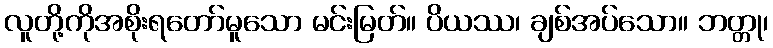
လူတို့ကိုအစိုးရတော်မူသော မင်းမြတ်။ ပိယဿ၊ ချစ်အပ်သော။ ဘတ္တု၊